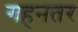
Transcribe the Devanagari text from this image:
गहनतर